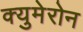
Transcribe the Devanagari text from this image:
क्युमेरोन